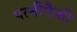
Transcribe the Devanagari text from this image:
पत्‍नींपैकी